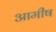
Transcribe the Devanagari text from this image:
आमीष